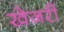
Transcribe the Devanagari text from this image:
खेजरी